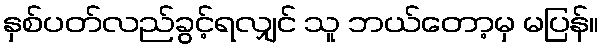
နှစ်ပတ်လည်ခွင့်ရလျှင် သူ ဘယ်တော့မှ မပြန်။